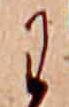
わ